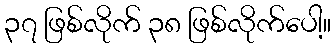
၃၇ ဖြစ်လိုက် ၃၈ ဖြစ်လိုက်ပေါ့။